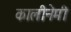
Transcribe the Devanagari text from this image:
कालीनेमी